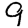
Digit: 9